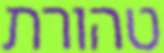
טהורת